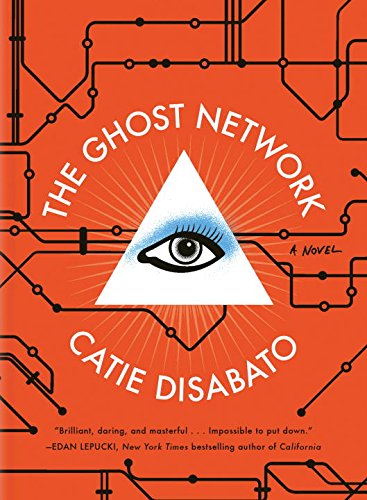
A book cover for The Ghost Network: A Novel; Catie Disabato; Romance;